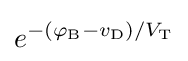
e^{-(\varphi _{\text{B}}-v_{\text{D}})/V_{\text{T}}}